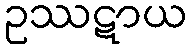
ဥဿဋာယ